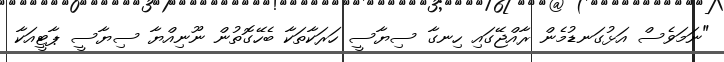
"ނަމަވެސް އަޅުގަނޑުމެން ރާއްޖޭގައި ހިނގާ ސިޔާސީ ހަރަކާތަކާ ބެހޭގޮތުން ނޫނިއްޔާ ސިޔާސީ ޕާޓީއަކާ